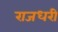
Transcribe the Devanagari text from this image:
राजधरी